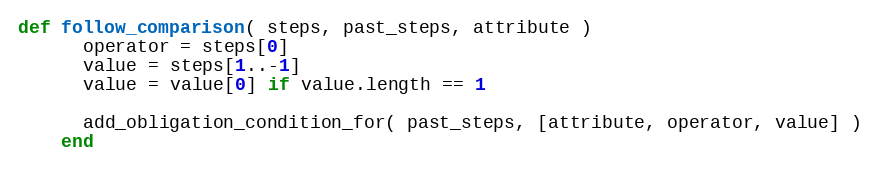
Language: Ruby
def follow_comparison( steps, past_steps, attribute )
      operator = steps[0]
      value = steps[1..-1]
      value = value[0] if value.length == 1

      add_obligation_condition_for( past_steps, [attribute, operator, value] )
    end